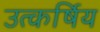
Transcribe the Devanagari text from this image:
उत्कर्षिय